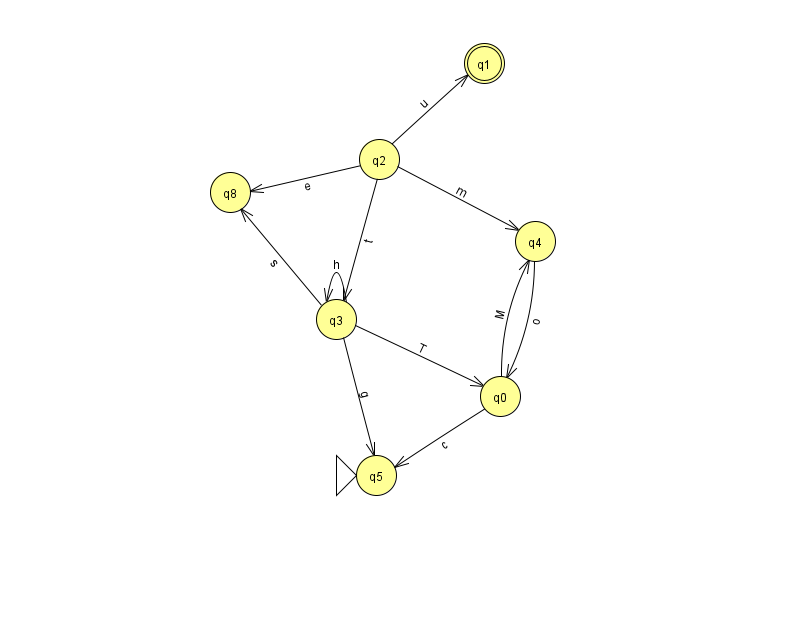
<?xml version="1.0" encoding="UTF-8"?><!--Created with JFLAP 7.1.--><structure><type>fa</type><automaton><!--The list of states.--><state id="0" name="q0"><x>500.0</x><y>383.0</y></state><state id="1" name="q1"><x>484.0</x><y>50.0</y><final/></state><state id="2" name="q2"><x>379.0</x><y>146.0</y></state><state id="3" name="q3"><x>336.0</x><y>306.0</y></state><state id="4" name="q4"><x>535.0</x><y>228.0</y></state><state id="5" name="q5"><x>376.0</x><y>462.0</y><initial/></state><state id="8" name="q8"><x>230.0</x><y>179.0</y></state><!--The list of transitions.--><transition><from>3</from><to>8</to><read>s</read></transition><transition><from>3</from><to>5</to><read>g</read></transition><transition><from>2</from><to>1</to><read>u</read></transition><transition><from>0</from><to>5</to><read>c</read></transition><transition><from>3</from><to>3</to><read>h</read></transition><transition><from>2</from><to>3</to><read>t</read></transition><transition><from>3</from><to>0</to><read>T</read></transition><transition><from>2</from><to>8</to><read>e</read></transition><transition><from>4</from><to>0</to><read>o</read></transition><transition><from>0</from><to>4</to><read>M</read></transition><transition><from>2</from><to>4</to><read>m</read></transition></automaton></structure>